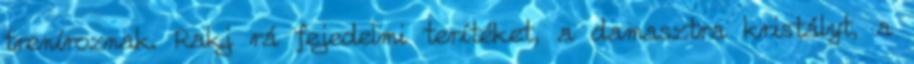
treníroznak. Rakj rá fejedelmi terítéket, a damasztra kristályt, a